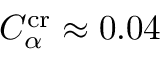
C _ { \alpha } ^ { \mathrm { c r } } \approx 0 . 0 4